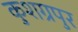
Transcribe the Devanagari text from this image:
कुशग्रपुर